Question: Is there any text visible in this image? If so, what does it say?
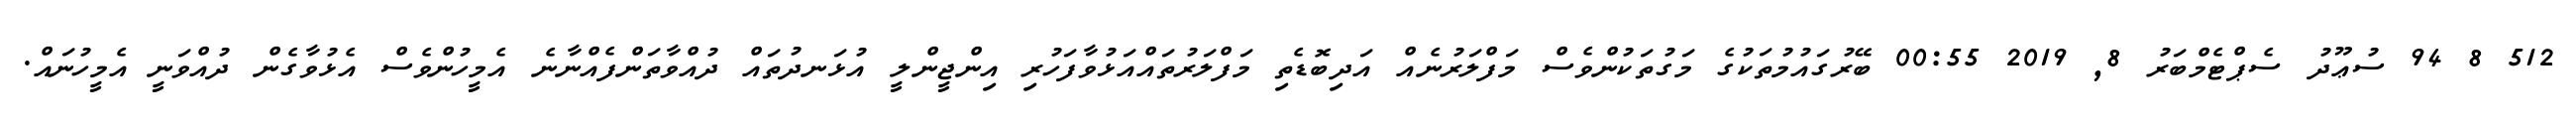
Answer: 512 8 94 ސުޢޫދު ސެޕްޓެމްބަރު 8, 2019 00:55 ބޭރުގައުމުތަކުގެ މަގުތަކުންވެސް މަފްލަރުނެއް އަދިބޮޑެތި މަފްލަރުތައްއަޅުވާފަހުރި އިންޖީންލީ އުޅަނދުތައް ދުއްވާތަންފެއްނާނެ އެމީހުންވެސް އެޅުވާގެން ދުއްވަނީ އެމީހުނައް.